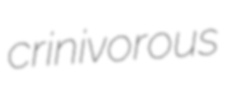
crinivorous